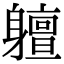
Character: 䡀